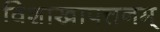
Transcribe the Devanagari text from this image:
विशाखापत्तनम्‌